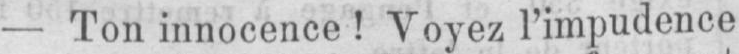
- Ton innocence! Voyez l’impudence